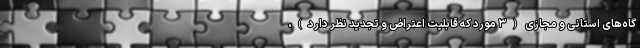
گاه‌های استانی و مجازی (۳ مورد که قابلیت اعتراض و تجدید نظر دارد)،